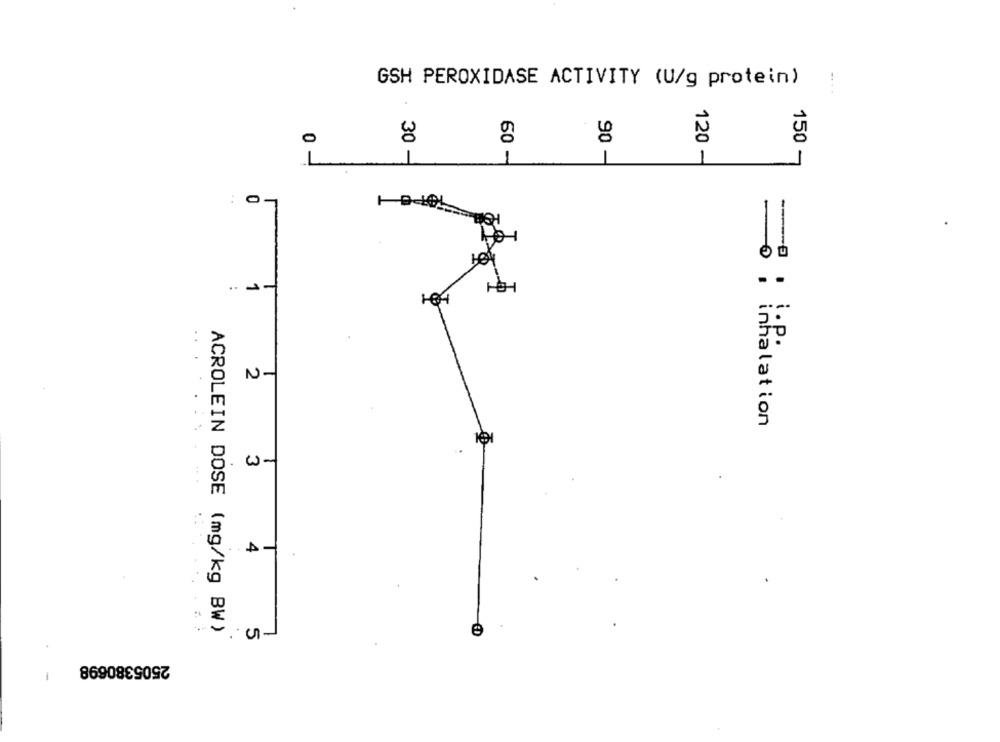
GSH PEROXIDASE ACTIVITY (U/g protein)
0
120
150 -
30 -
90 -
1
60 -
0
H
104
.. . . P.
-0 , inhalation
3
4
ACROLEIN DOSE (mg/kg BW)
2505380698